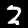
Label: 2